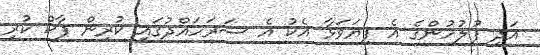
އަދި ފުލުހުންގެ އެ ފިޔަވަޅާ އެކު އެ ސަރަހައްދުގައި ކުރިން ޕާކް ކުރި